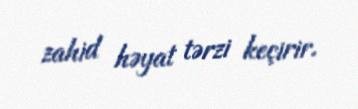
zahid həyat tərzi keçirir.